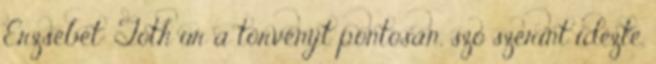
Erzsébet: Tóth úr a törvényt pontosan, szó szerint idézte.